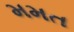
મમત